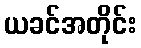
ယခင်အတိုင်း